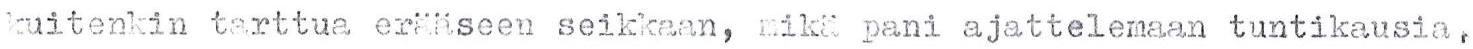
kuitenkin tarttua erääseen seikkaan, mikä pani ajattelemaan tuntikausia.